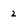
Character: 2